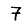
Digit: 7